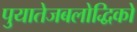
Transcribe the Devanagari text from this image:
पुयातेजबलोद्धिको